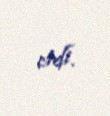
etdi.